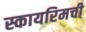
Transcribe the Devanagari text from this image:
स्कायरिमची